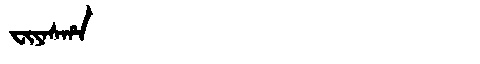
Manchu: ᠸᡳᠶᠠᠰᡥᠠ
Romanization: FIYASHA